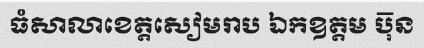
ធំសាលាខេត្តសៀមរាប ឯកឧត្តម បុ៑ន